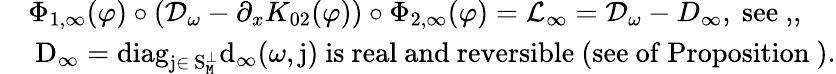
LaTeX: \begin{array}{rl}&{\Phi_{1,\infty}(\varphi)\circ(\mathcal{D}_{\omega}-\partial_{x}K_{02}(\varphi))\circ\Phi_{2,\infty}(\varphi)=\mathcal{L}_{\infty}=\mathcal{D}_{\omega}-D_{\infty},\mathrm{~see~,},}\\ &{\mathrm{~D_\infty=\mathrm{diag}_{j\in~S^\perp_{\mathtt{M}}}d_\infty(\omega,j)~is~real~and~reversible~(see~of~Proposition~)}.}\end{array}